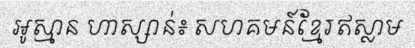
អូស្មាន ហាស្សាន់៖ សហគមន៍ខ្មែរឥស្លាម